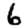
Digit: 6